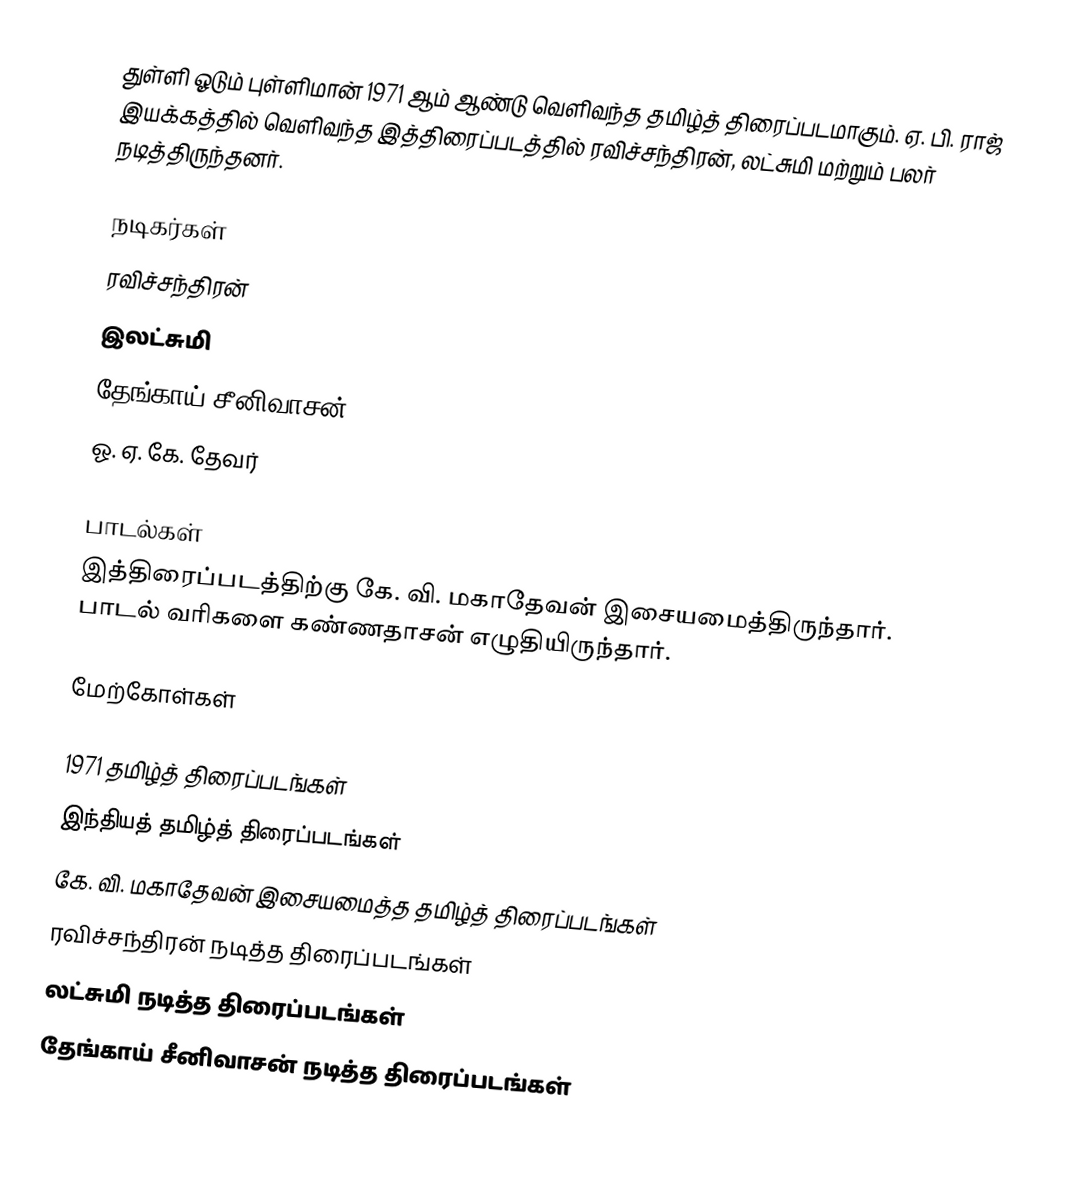
துள்ளி ஓடும் புள்ளிமான் 1971 ஆம் ஆண்டு வெளிவந்த தமிழ்த் திரைப்படமாகும். ஏ. பி. ராஜ் இயக்கத்தில் வெளிவந்த இத்திரைப்படத்தில் ரவிச்சந்திரன், லட்சுமி மற்றும் பலர் நடித்திருந்தனர்.

நடிகர்கள்
 ரவிச்சந்திரன்
 இலட்சுமி
 தேங்காய் சீனிவாசன்
 ஓ. ஏ. கே. தேவர்

பாடல்கள்
இத்திரைப்படத்திற்கு கே. வி. மகாதேவன் இசையமைத்திருந்தார். பாடல் வரிகளை கண்ணதாசன் எழுதியிருந்தார்.

மேற்கோள்கள்

1971 தமிழ்த் திரைப்படங்கள்
இந்தியத் தமிழ்த் திரைப்படங்கள்
கே. வி. மகாதேவன் இசையமைத்த தமிழ்த் திரைப்படங்கள்
ரவிச்சந்திரன் நடித்த திரைப்படங்கள்
லட்சுமி நடித்த திரைப்படங்கள்
தேங்காய் சீனிவாசன் நடித்த திரைப்படங்கள்